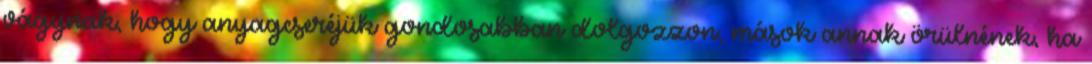
vágynak, hogy anyagcseréjük gondosabban dolgozzon, mások annak örülnének, ha